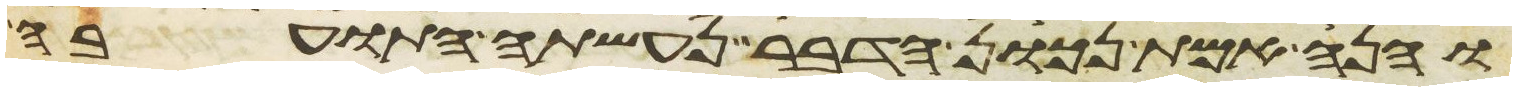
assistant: והנה אמת נכון הדבר נעשתה התועבה